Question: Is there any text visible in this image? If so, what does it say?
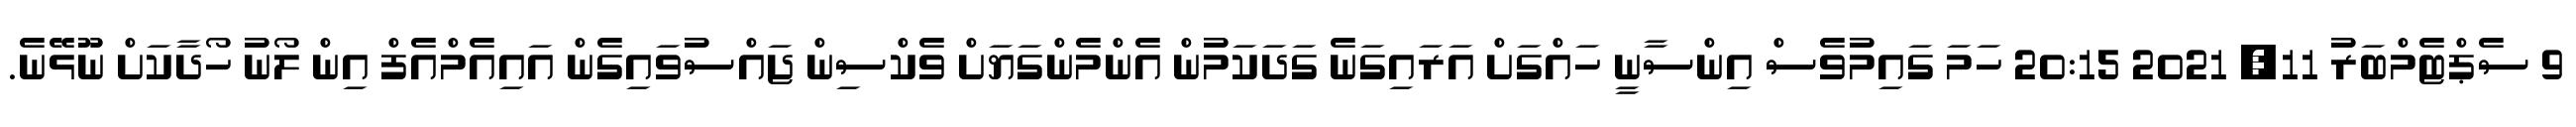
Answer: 9 ސެޕްޓެމްބަރު 11, 2021 20:15 ހަމަ ގައިމުވެސް އިންސާނީ ހައްގަށް އަރައިގަނެ ގަދަކަމުން އެންމެންގަޔަށް ވެކްސިން ޖައްސުވައިގެން އައިއެމްއެފް އިން ލޯނު ހޯދާކަށް ނޫޅޭނެ.